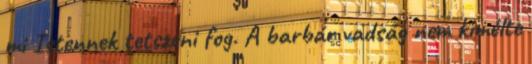
mi Istennek tetszeni fog. A barbár vadság nem kimélte